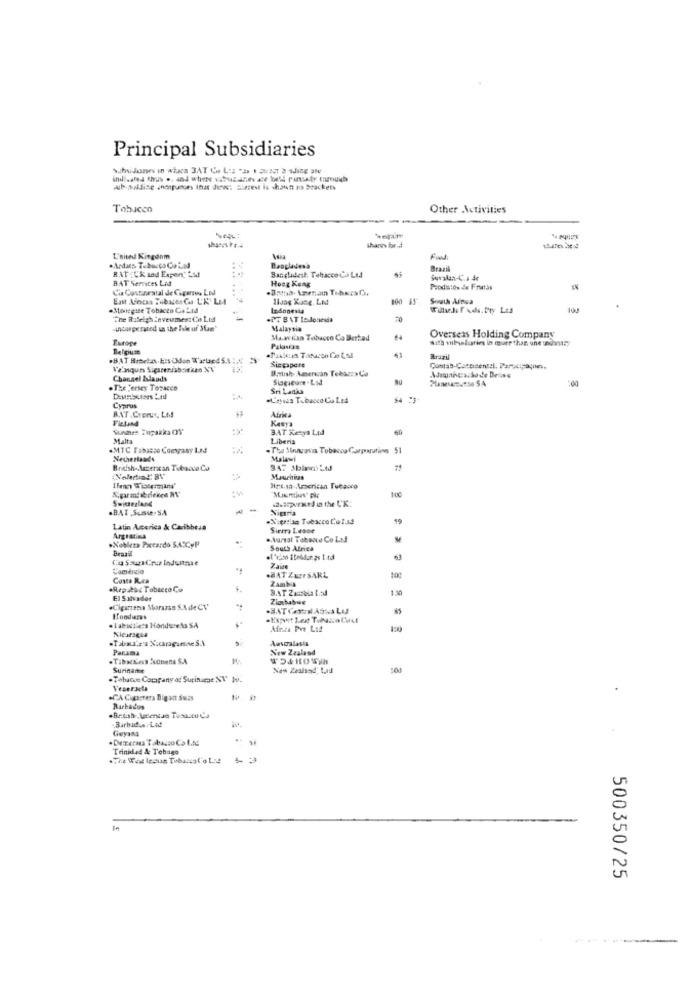
Principal Subsidiaries
Subsidionses in whaea 3AT Ce Los -Is 1 Super 2 Iding at
indicated thus ., and where sabutane ate bold rinsty through
sub-Dildise nonpunes that diens Slecest is shown in brackets
Tobacco
Other Activities
Shares bor dd
L'nived Kingdom
Ford
.Andats Tabacco CoLad
RAT (Ckaed Expert Lyd
Banglidest. Tabacco Co Ltd
Bangladen'a
Brazil
RAT Services Lid
Hong Kong
juvalan- C.A. Se
Cia Costaratal de Cigarros Lod
Produtos Se Fratas
East Ajecan Jubacon Ca L'K Led
100
South Ainsa
Meregute Tobacco Ga Led
ladonessa
The Ratelgh Inveumes: (o L.nd
Malaysia
Europe
Manisa Tobacco Co Bertad
Overseas Holding Company
Belgiuse
Sizespore
Brazil
Va'niques Sigarenfabrieken NV
Batish American TebozzaCa
Channel Islands
:00
. The 'ersey TOracco
Sri Lanka
.L'essas Tobacco Co Led
Cyprus
Africa
Fielund
Kasya
3AT xen Lid
Malta
Liberia
.MTC Tabasse Company Lad
. The Snacavia Tobacoa Carparating 51
Netherlands
Malawi
Braish-American Tobacco Co
Mauritius
Het.sa American Tubacco
100
Switzerland
ABAT ,Suste. SA
Nictna
Latin America & Caribbe ..
Sierra Lesse
Argraties
.. Vural Tobacco Co Lad
.Nobleza Piccardo S.A.CyP
South Africa
Co SourCruz Indsatsse
7 aide
Costa R.za
.BATZUFSARL
Zambia
10
B.AT Zanseia Ltd
1.30
El Salvador
Zimbabwe
#Cigartema Moraasn S.A. de CV'
Honduras
Africa Por Lad
120
Panama
New Zealand
Suriname
New Zealssd, Lad
.Tobacoe Company af Suriname NV Ju.
Veseracte
Barbados
.British Lnentan Tesa.cu Cs
Barbados.Lad
Geyanı
. Deterana Tobagno Co Ltd
Trinidad & Tobago
Le
500350/25